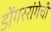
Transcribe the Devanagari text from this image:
डोंगररांगेची